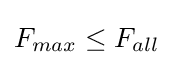
F_{max}\leq F_{all}